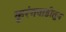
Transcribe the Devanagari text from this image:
कुरंगवाडीतून